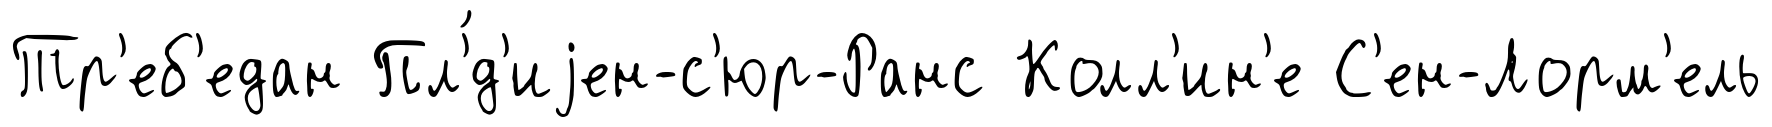
Тр'еб'едан Пл'́д'иjен-с'юр-Ранс Колл'ин'е С'ен-Лорм'ель